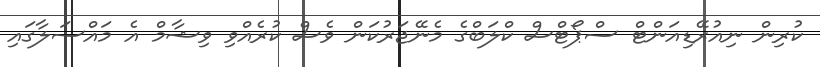
ކުރިން ނިއުރޭޑިއަންޓް ސްޕޯޓްސް ކްލަބްގެ މެނޭޖަރުކަން ވެސް ކުރެއްވި ވިޝާމް އެ މައްސަލާގައި